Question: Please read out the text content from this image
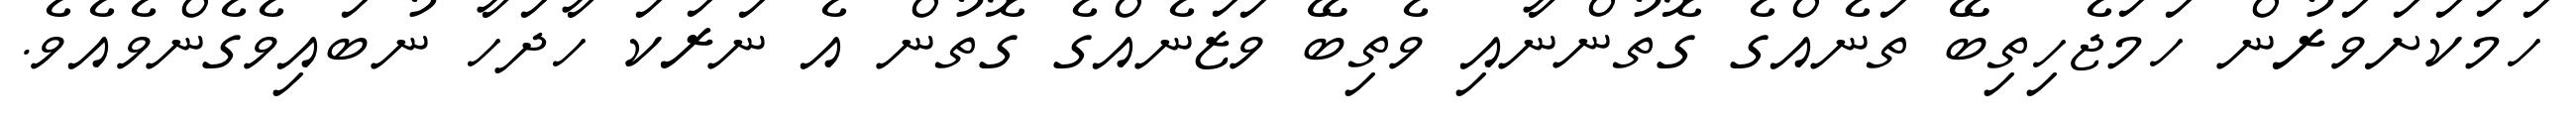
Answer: ހަމަކަށަވަރުން ހަމަޖެހިތިބޭ ތަނެއްގެ ގޮތުންނާއި ވެތިބޭ ވަޒަނެއްގެ ގޮތުން އެ ނަރަކަ ހާދަހާ ނުބައިވެގެންވެއެވެ.